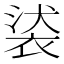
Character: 𧚚